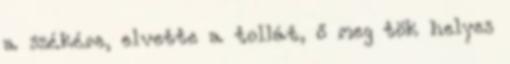
a székére, elvette a tollát, ő meg tök helyes